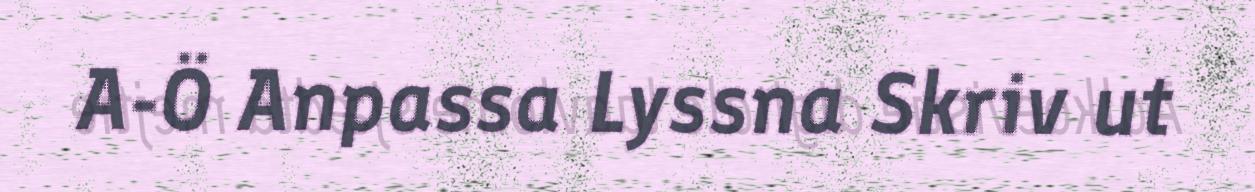
A-Ö Anpassa Lyssna Skriv ut